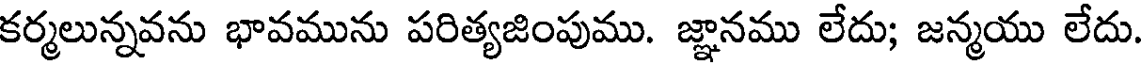
కర్మలున్నవను భావమును పరిత్యజింపుము. జ్ఞానము లేదు; జన్మయు లేదు.